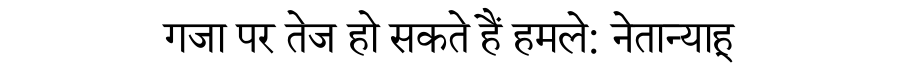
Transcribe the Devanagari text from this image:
गजा पर तेज हो सकते हैं हमले: नेतान्याहू